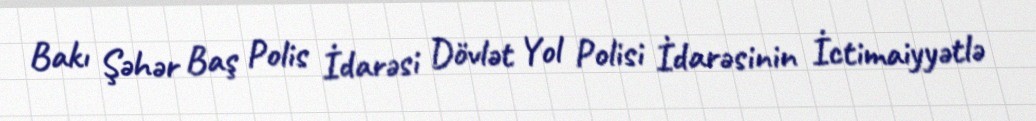
Bakı Şəhər Baş Polis İdarəsi Dövlət Yol Polisi İdarəsinin İctimaiyyətlə